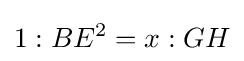
1:BE^{2}=x:GH